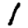
Digit: 1